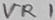
Text: VR1